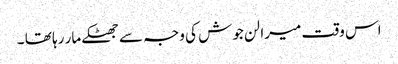
اس وقت میرا لن جوش کی وجہ سے جھٹکے مار رہا تھا ۔